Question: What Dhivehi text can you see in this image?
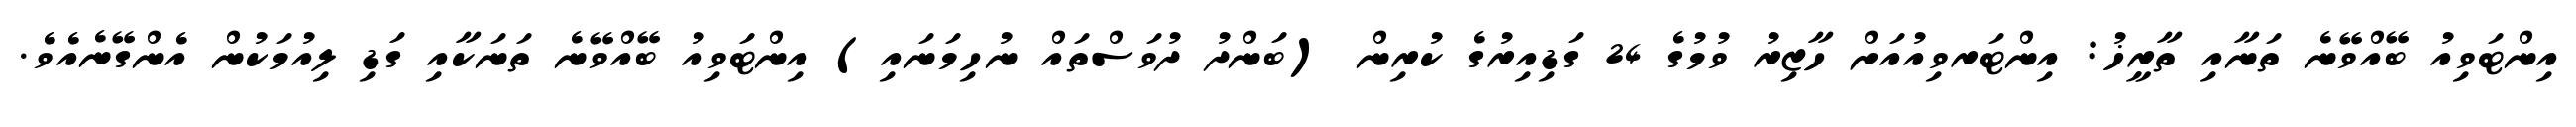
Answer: އިންޓަވިއު ބޭއްވޭނެ ތަނާއި ތާރީޚު: އިންޓަރވިއުއަށް ހާޒިރު ވުމުގެ 24 ގަޑިއިރުގެ ކުރިން (ބަންދު ދުވަސްތައް ނުހިމަނައި) އިންޓަވިއު ބޭއްވޭނެ ތަނަކާއި ގަޑި ލިއުމަކުން އެންގޭނެއެވެ.